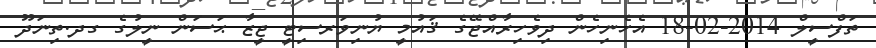
ތަފްސީލް 2014-02-18 އެހެނިހެން ދިވެހިރާއްޖޭގެ ޤައުމީ ޔުނިވަރސިޓީ ޖީޒާ ޙަސަން ނީލުގެ ގދ.ތިނަދޫ